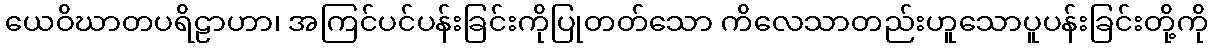
ယေဝိဃာတပရိဠာဟာ၊ အကြင်ပင်ပန်းခြင်းကိုပြုတတ်သော ကိလေသာတည်းဟူသောပူပန်းခြင်းတို့ကို